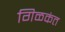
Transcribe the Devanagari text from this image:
गिळकंत